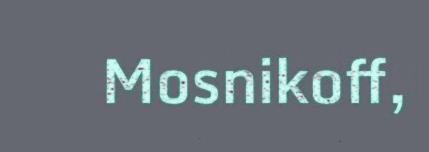
Mosnikoff,